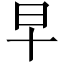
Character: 早